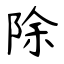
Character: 除